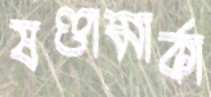
ষণ্ডামার্কা